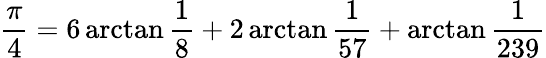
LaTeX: {\frac{\pi}{4}}=6\arctan{\frac{1}{8}}+2\arctan{\frac{1}{57}}+\arctan{\frac{1}{239}}